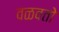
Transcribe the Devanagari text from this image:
वळवतो